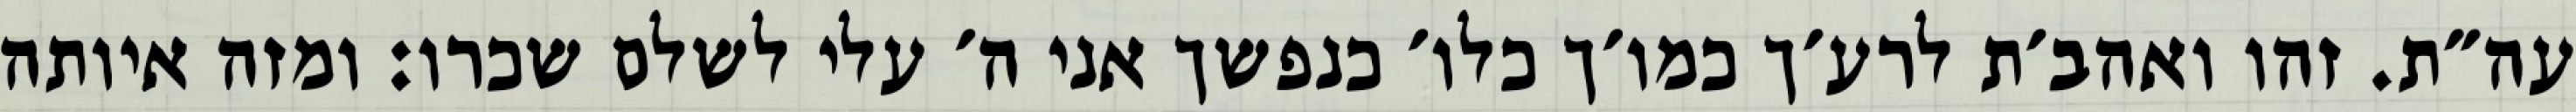
עה״ת. זהו ואהב׳ת לרע׳ך כמו׳ך כלו׳ כנפשך אני ה׳ עלי לשלם שכרו: ומזה איותה